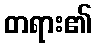
တရား၏